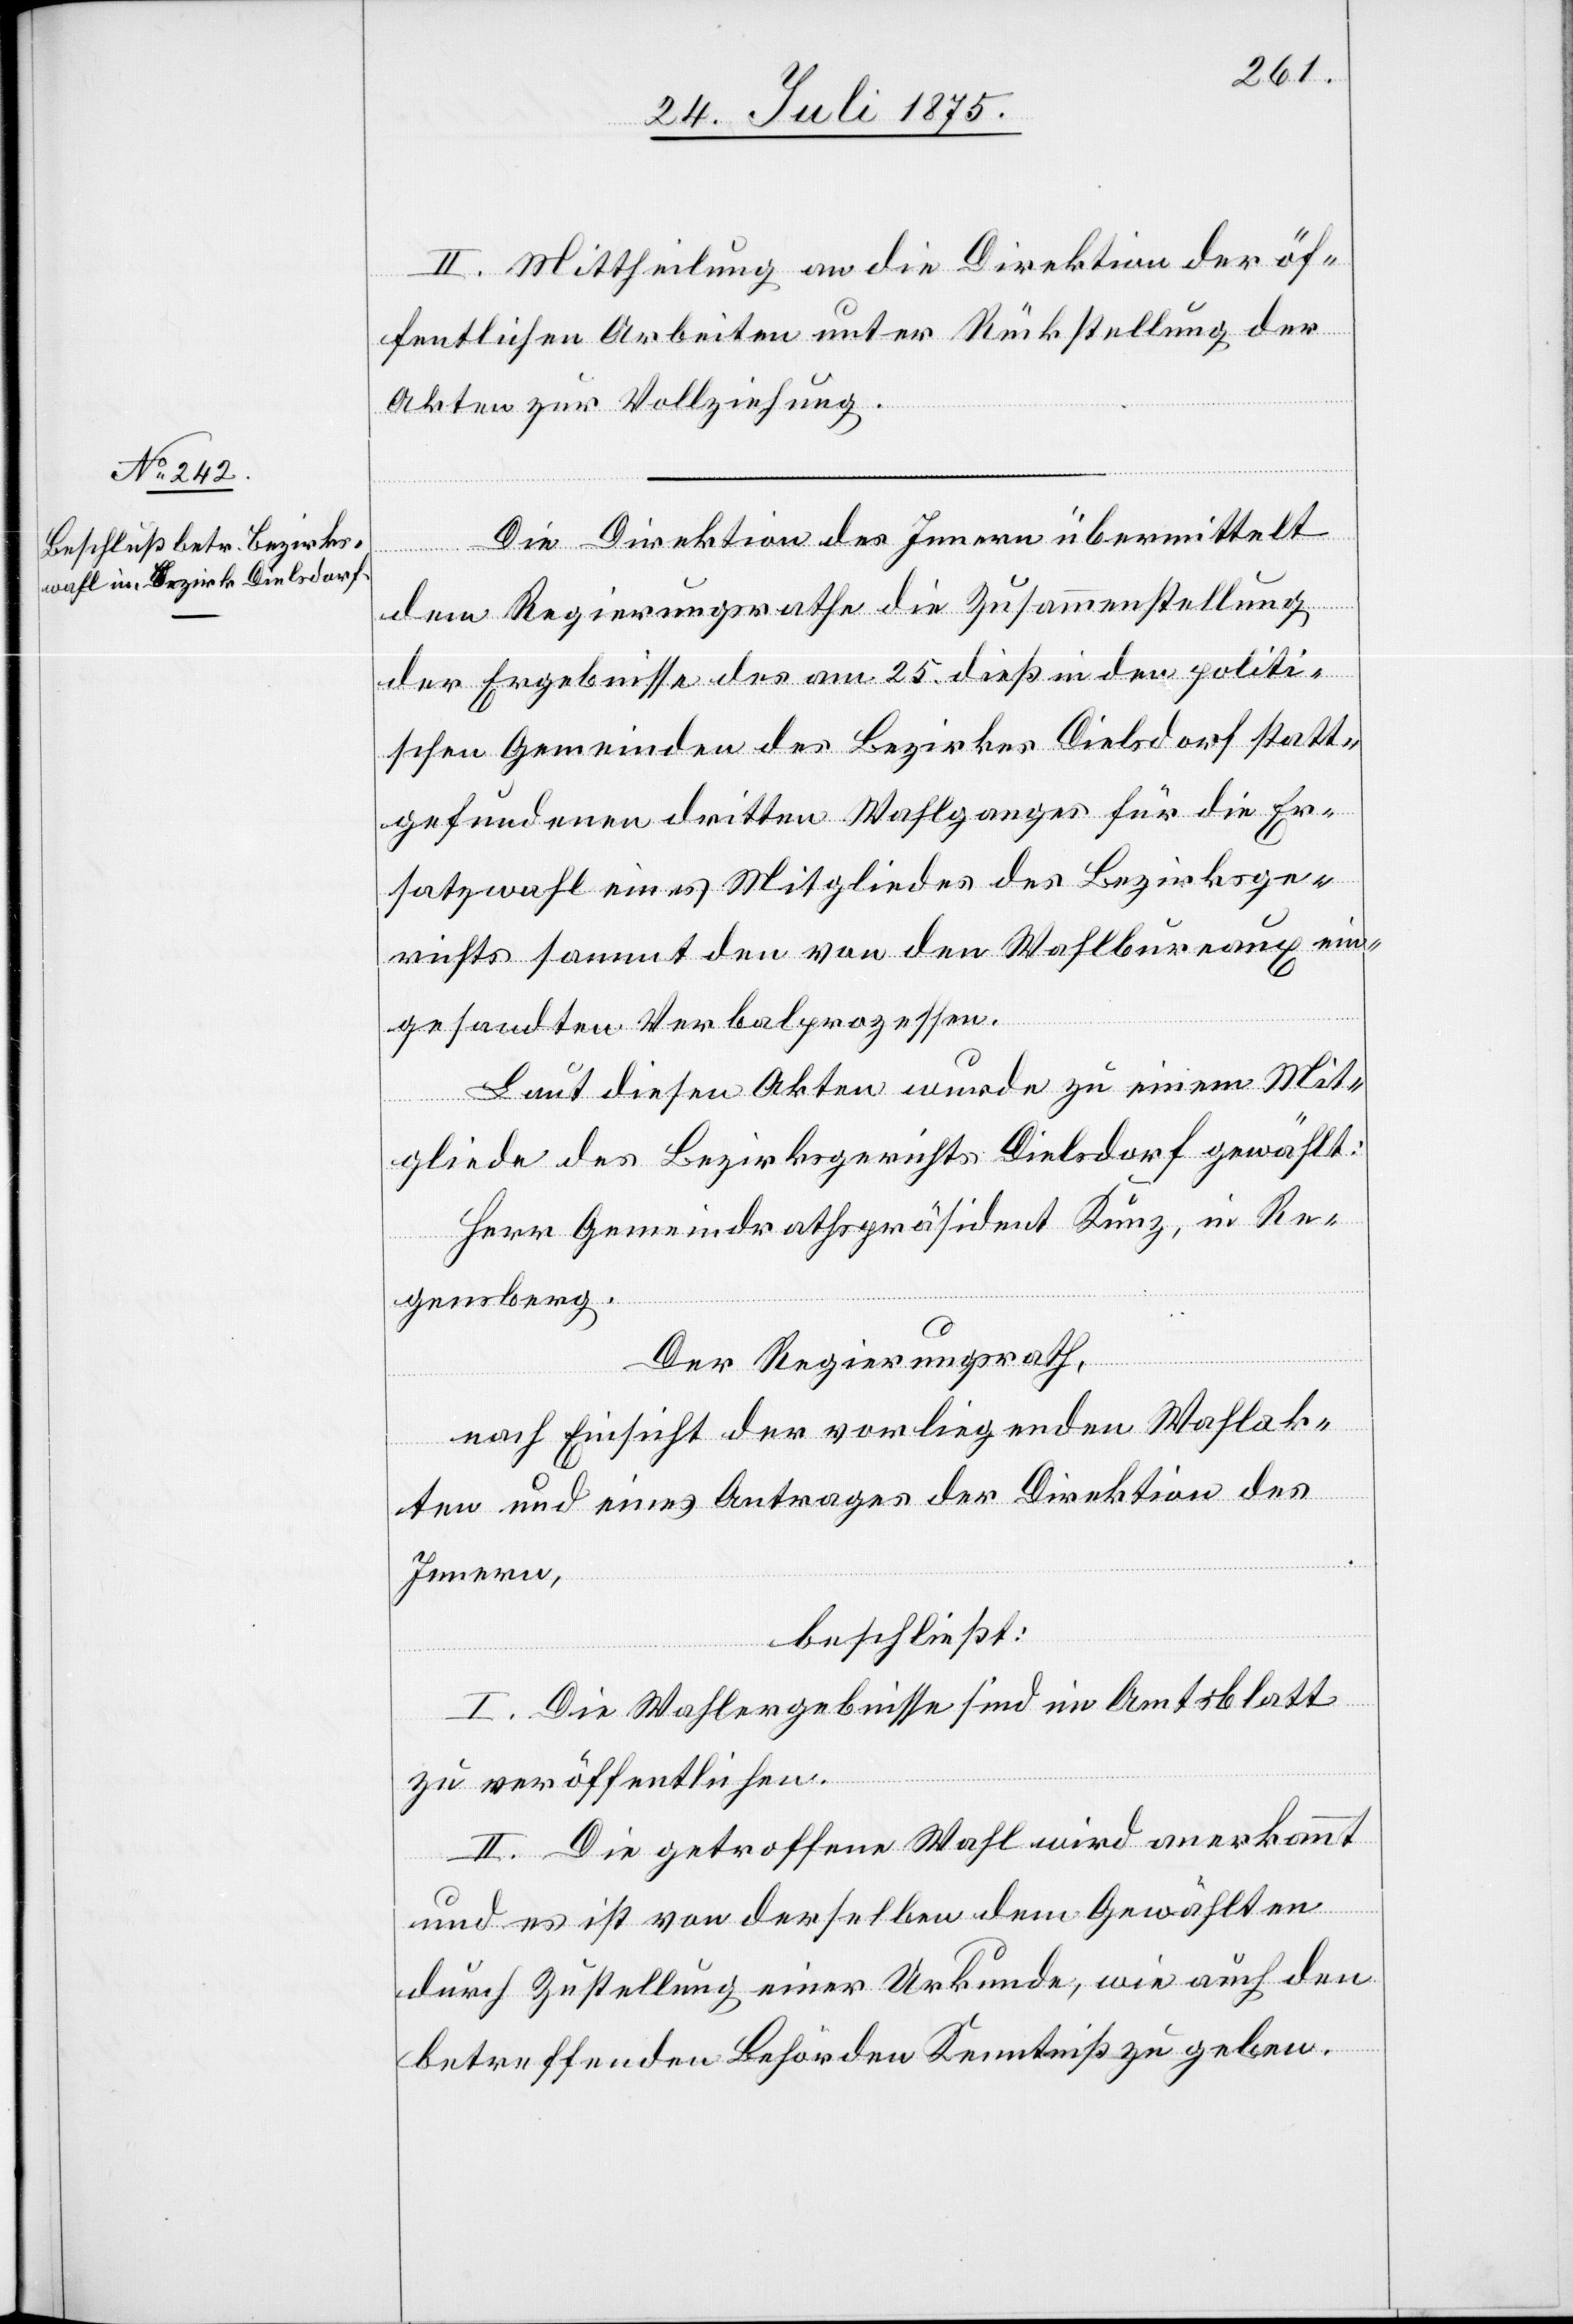
27. Juli 1875.]
II. Mittheilung an die Direktion der öf¬
fentlichen Arbeiten unter Rückstellung der
Akten zur Vollziehung.
Die Direktion des Innern übermittle
dem Regierungsrathe die Zusammenstellung
der Ergebnisse des am 25. dieß in den politi¬
schen Gemeinden des Bezirkes Dielsdorf statt¬
gefundene dritten Wahlganges für die Er¬
satzwahl eines Mitgliedes des Bezirksge¬
richts sammt den von den Wahlbureaux ein¬
gesandten Verbalprozessen.
Laut diesen Akten wurde zu einem Mit¬
gliede des Bezirksgerichts Dielsdorf gewählt:
Herr Gemeindrathspräsident Kunz, in Re¬
gensberg.
Der Regierungsrath,
nach Einsicht der vorliegenden Wahlak¬
ten und eines Antrages der Direktion des
Innern,
beschließt:
I. Die Wahlergebnisse sind im Amtsblatt
zu veröffentlichen.
II. Die getroffene Wahl wird anerkannt
und es ist von derselben dem Gewählten
durch Zustellung einer Urkunde, wie auch den
betreffenden Behörden Kenntniß zu geben.